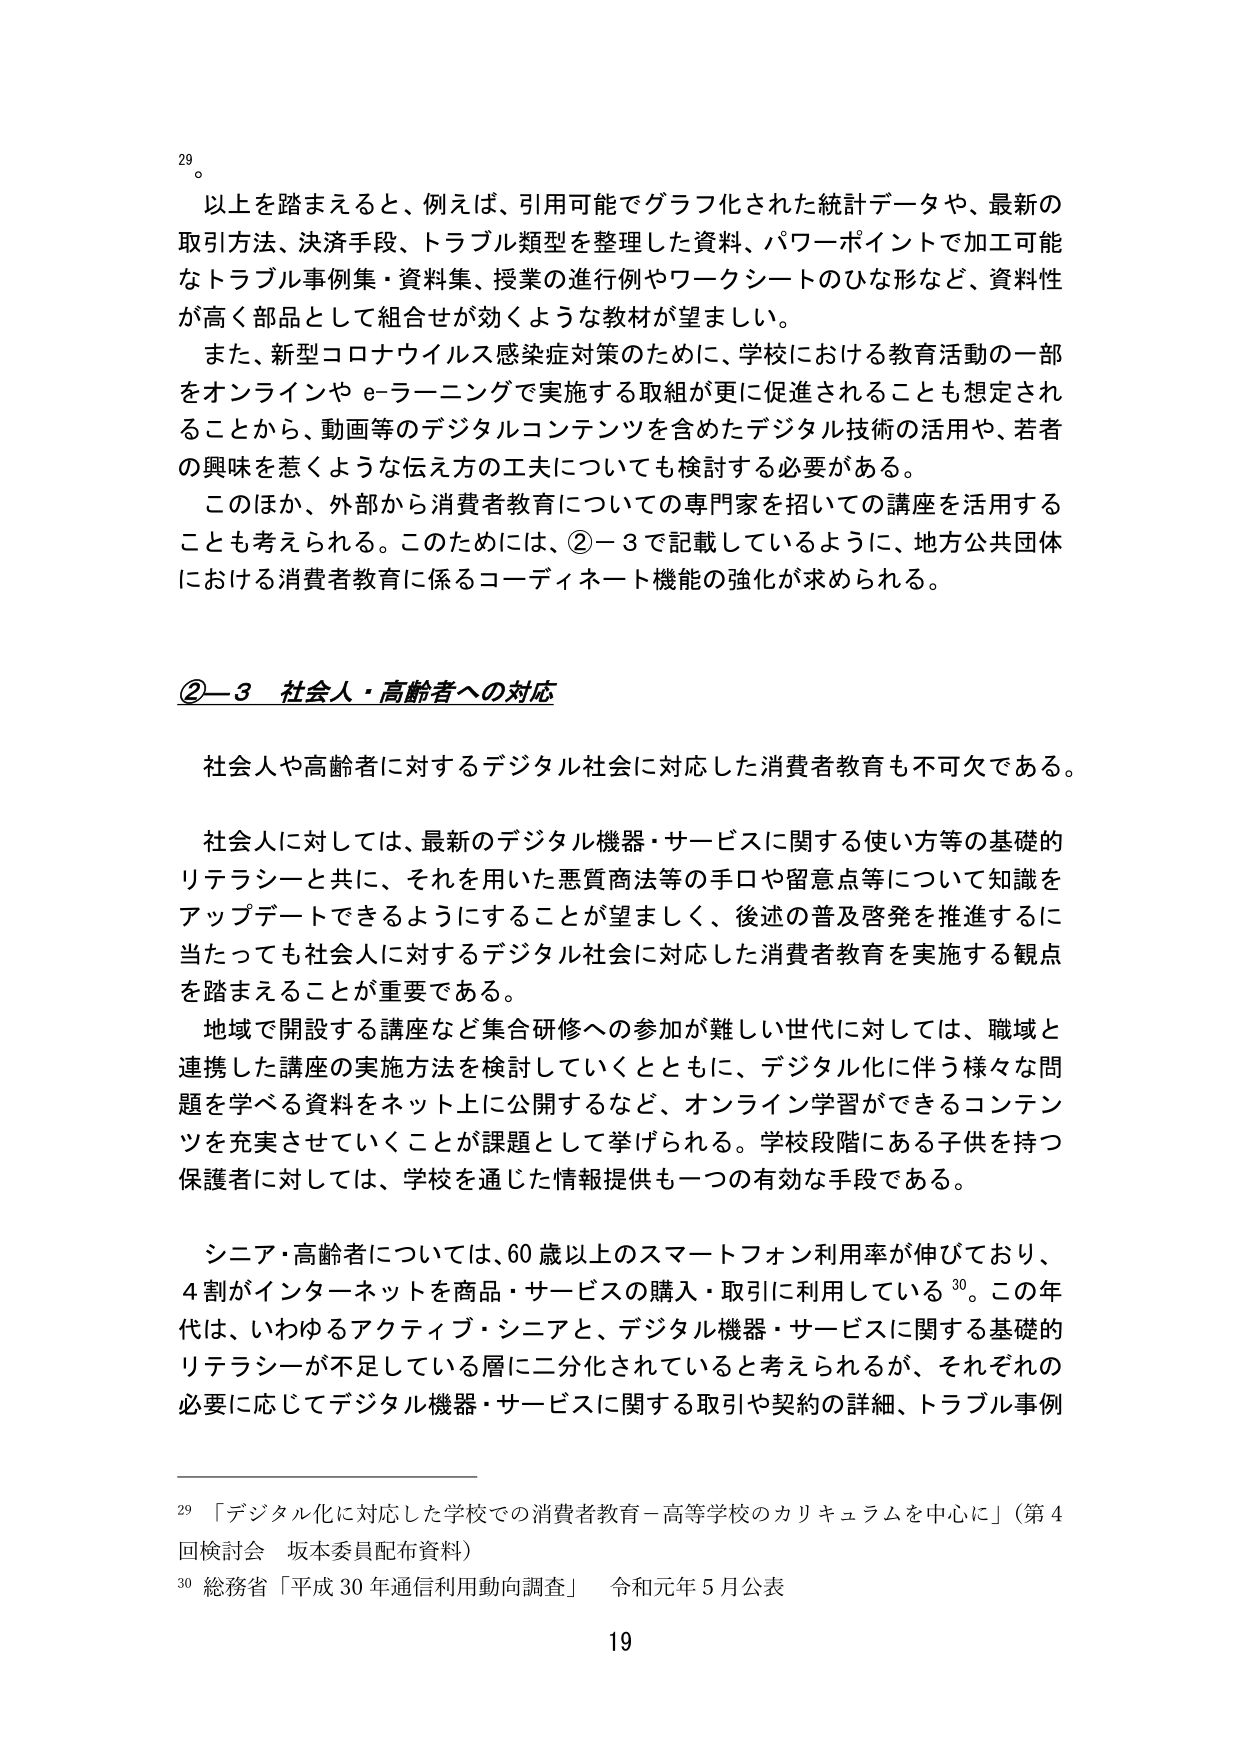
29。

以上を踏まえると、例えば、引用可能でグラフ化された統計データや、最新の取引方法、決済手段、トラブル類型を整理した資料、パワーポイントで加工可能なトラブル事例集・資料集、授業の進行例やワークシートのひな形など、資料性が高く部品として組合せが効くような教材が望ましい。

また、新型コロナウイルス感染症対策のために、学校における教育活動の一部をオンラインやe-ラーニングで実施する取組が更に促進されることも想定されることから、動画等のデジタルコンテンツを含めたデジタル技術の活用や、若者の興味を惹くような伝え方の工夫についても検討する必要がある。

このほか、外部から消費者教育についての専門家を招いての講座を活用することも考えられる。このためには、②－3で記載しているように、地方公共団体における消費者教育に係るコーディネート機能の強化が求められる。

②－3 社会人・高齢者への対応

社会人や高齢者に対するデジタル社会に対応した消費者教育も不可欠である。

社会人に対しては、最新のデジタル機器・サービスに関する使い方等の基礎的リテラシーと共に、それを用いた悪質商法等の手口や留意点等について知識をアップデートできるようにすることが望ましく、後述の普及啓発を推進するに当たっても社会人に対するデジタル社会に対応した消費者教育を実施する観点を踏まえることが重要である。

地域で開設する講座など集合研修への参加が難しい世代に対しては、職域と連携した講座の実施方法を検討していくとともに、デジタル化に伴う様々な問題を学べる資料をネット上に公開するなど、オンライン学習ができるコンテンツを充実させていくことが課題として挙げられる。学校段階にある子供を持つ保護者に対しては、学校を通じた情報提供も一つの有効な手段である。

シニア・高齢者については、60歳以上のスマートフォン利用率が伸びており、4割がインターネットを商品・サービスの購入・取引に利用している30。この年代は、いわゆるアクティブ・シニアと、デジタル機器・サービスに関する基礎的リテラシーが不足している層に二分化されていると考えられるが、それぞれの必要に応じてデジタル機器・サービスに関する取引や契約の詳細、トラブル事例

29 「デジタル化に対応した学校での消費者教育－高等学校のカリキュラムを中心に」（第4回検討会 坂本委員配布資料）

30 総務省「平成30年通信利用動向調査」 令和元年5月公表

19